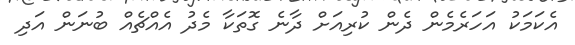
އެކަމަކު އަހަރެމެން ދެން ކުރިއަށް ދާނެ ގޮތަކާ މެދު އެއްޗެއް ބުނަން އަދި